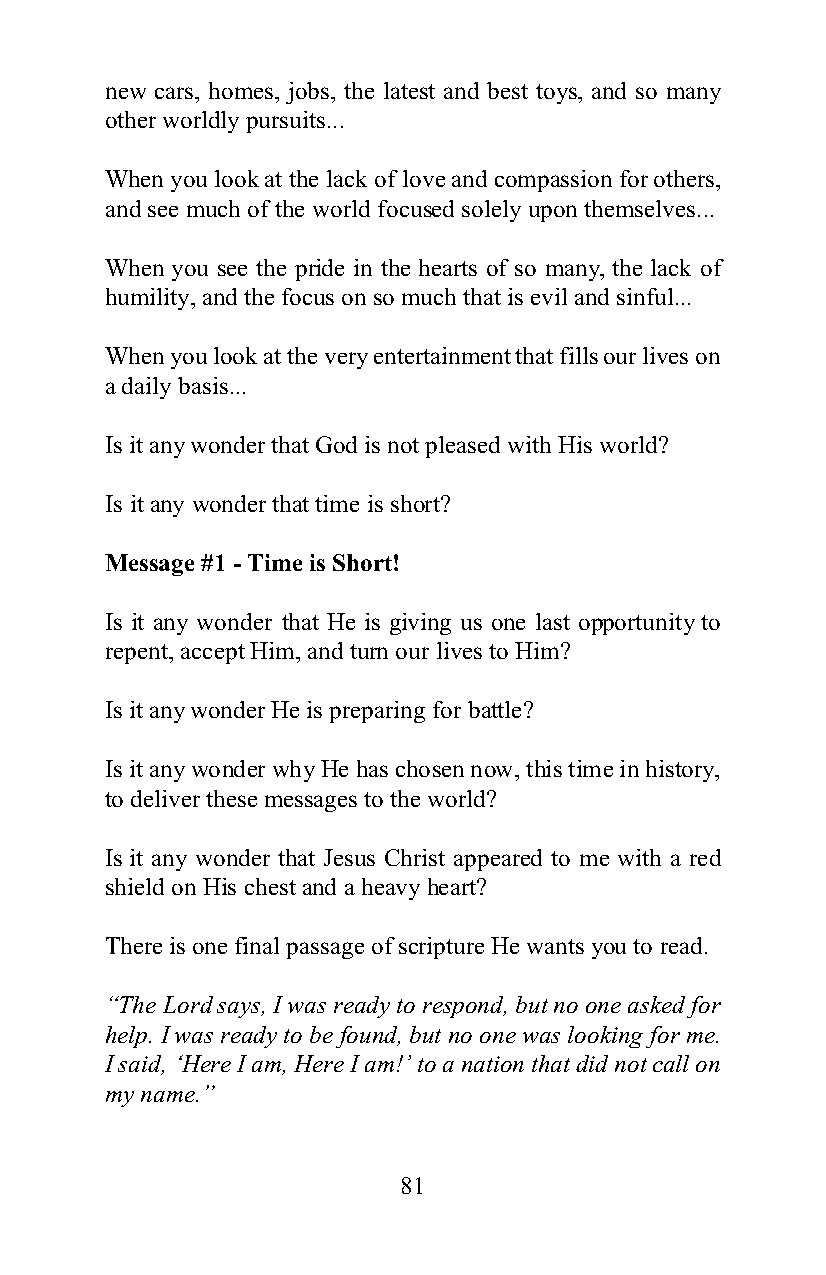
new cars, homes, jobs, the latest and best toys, and so many
 other worldly pursuits...
 When you look at the lack of love and compassion for others,
 and see much of the world focused solely upon themselves...
 When you see the pride in the hearts of so many, the lack of
 humility, and the focus on so much that is evil and sinful...
 When you look at the very entertainment that fills our lives on
 a daily basis...
 Is it any wonder that God is not pleased with His world?
 Is it any wonder that time is short?
 Message #1 - Time is Short!
 Is it any wonder that He is giving us one last opportunity to
 repent, accept Him, and turn our lives to Him?
 Is it any wonder He is preparing for battle?
 Is it any wonder why He has chosen now, this time in history,
 to deliver these messages to the world?
 Is it any wonder that Jesus Christ appeared to me with a red
 shield on His chest and a heavy heart?
 There is one final passage of scripture He wants you to read.
 “The Lord says, I was ready to respond, but no one asked for
 help. I was ready to be found, but no one was looking for me.
 I said, ‘Here I am, Here I am!’ to a nation that did not call on
 my name.”
 81